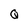
Character: Q